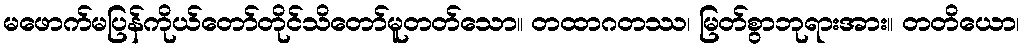
မဖောက်မပြန်ကိုယ်တော်တိုင်သိတော်မူတတ်သော။ တထာဂတဿ၊ မြတ်စွာဘုရားအား။ တတိယော၊